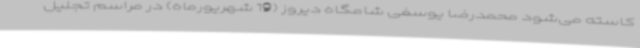
کاسته می‌شود محمدرضا یوسفی شامگاه دیروز (19 شهریورماه) در مراسم تجلیل